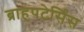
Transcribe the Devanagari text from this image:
ब्राहपटेर्सिस